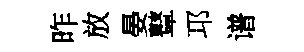
昨放晏鼙邛谱